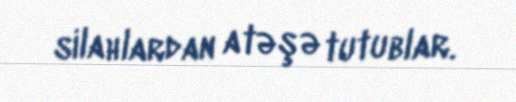
silahlardan atəşə tutublar.